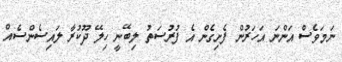
ނަމަވެސް އަންނަ އަހަރުން ފެށިގެން އެ ފުރުސަތު ލިބޭނީ ހިލޭ ދޫކުރާ ލައިސެންސެއް